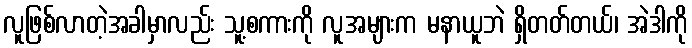
လူဖြစ်လာတဲ့အခါမှာလည်း သူ့စကားကို လူအများက မနာယူဘဲ ရှိတတ်တယ်၊ အဲဒါကို